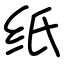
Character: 纸